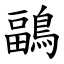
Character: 鶝